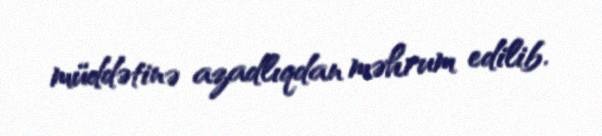
müddətinə azadlıqdan məhrum edilib.